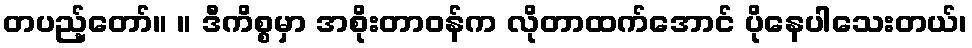
တပည့်တော်။ ။ ဒီကိစ္စမှာ အစိုးတာဝန်က လိုတာထက်အောင် ပိုနေပါသေးတယ်၊